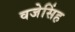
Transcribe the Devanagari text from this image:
वजेसिंह